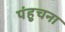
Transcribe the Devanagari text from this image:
पंहुचना